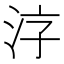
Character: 𱦂